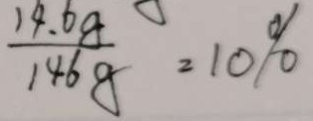
\frac { 1 4 . 6 g } { 1 4 6 g } = 1 0 \%